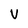
Character: V